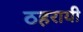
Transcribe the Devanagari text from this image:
ठहरायी